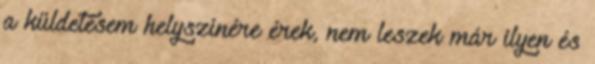
a küldetésem helyszínére érek, nem leszek már ilyen és